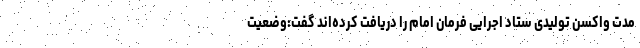
مدت واکسن تولیدی ستاد اجرایی فرمان امام را دریافت کرده‌اند گفت:وضعیت